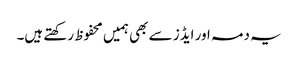
یہ دمہ اور ایڈز سے بھی ہمیں محفوظ رکھتے ہیں۔